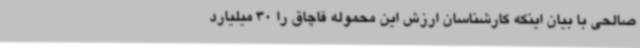
صالحی با بیان اینکه کارشناسان ارزش این محموله قاچاق را 30 میلیارد